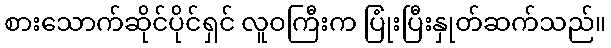
စားသောက်ဆိုင်ပိုင်ရှင် လူဝကြီးက ပြုံးပြီးနှုတ်ဆက်သည်။